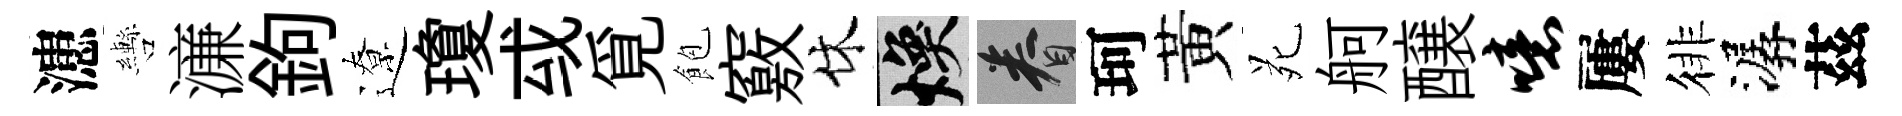
漶轡濓鉤遼瓊㦯覓飽竅休焕眷珂黃苑舸醸噫屢徘潺茲